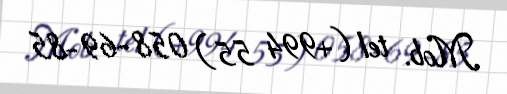
Mob. tel (+994 55) 058-69-85